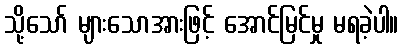
သို့သော် များသောအားဖြင့် အောင်မြင်မှု မရခဲ့ပါ။